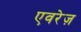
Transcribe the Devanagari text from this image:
एवरेज़